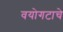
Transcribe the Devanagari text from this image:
वयोगटाचे